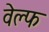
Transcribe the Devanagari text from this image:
वेल्फ